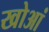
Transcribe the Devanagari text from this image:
खोआं